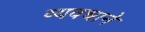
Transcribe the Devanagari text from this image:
व्यवधाने